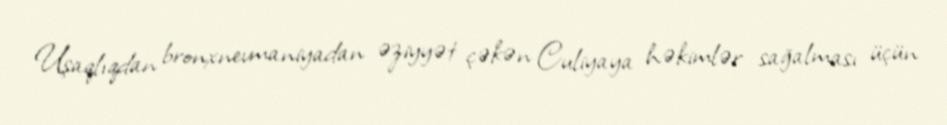
Uşaqlıqdan bronxnevmaniyadan əziyyət çəkən Culiyaya həkimlər sağalması üçün